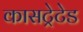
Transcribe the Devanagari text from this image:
कासट्रेटेड